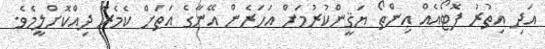
އަދި އިތުރު ފޮޓޯއެއް އިންތޯ ޔަޤީންކުރުމަށް އަހަރެން އޭނާގެ އަތަށް ކެމެރާ ދިއްކޮށްލީމެވެ.